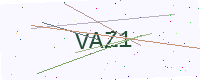
Text: VAZ1